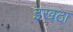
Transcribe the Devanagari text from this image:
इखठा